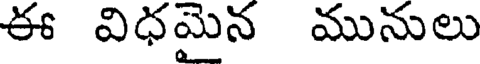
ఈ విధమైన మునులు